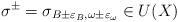
LaTeX: \begin{align*}\sigma^{\pm}=\sigma_{B \pm \varepsilon_B, \omega \pm \varepsilon_{\omega}} \in U(X)\end{align*}